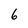
Character: 6